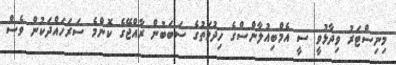
މިނިސްޓަރު ވިދާޅުވީ ސީ އެމްބިއުލާންސްގެ ހިދުމަތުގެ ސަބަބުން ރާއްޖޭގެ ކޮންމެ ސަރަހައްދަކުން ވެސް